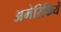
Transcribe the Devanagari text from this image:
अमेरिकियें